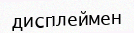
дисплеймен